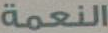
النعمة